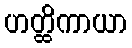
ဟတ္ထိကာယာ